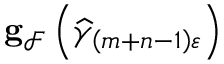
\mathbf { g } _ { \mathcal { F } } \left( \widehat { \gamma } _ { \left( m + n - 1 \right) \varepsilon } \right)